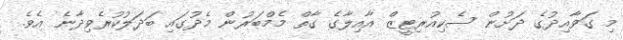
މި ގަވާއިދުގެ ދަށުން ސެކިއުރިޓީޒް އާއިލާގެ ގާތް މެމްބަރުން މެދުގައި ބަދަލުކުރެވިދާނެ އެވެ.